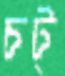
চট্